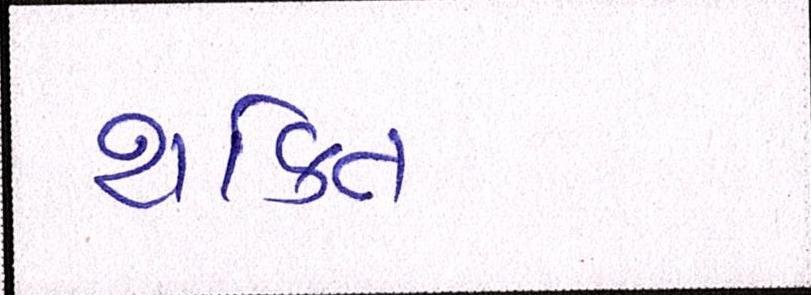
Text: શકિત